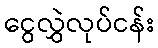
ငွေလွှဲလုပ်ငန်း